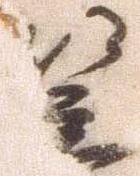
笠